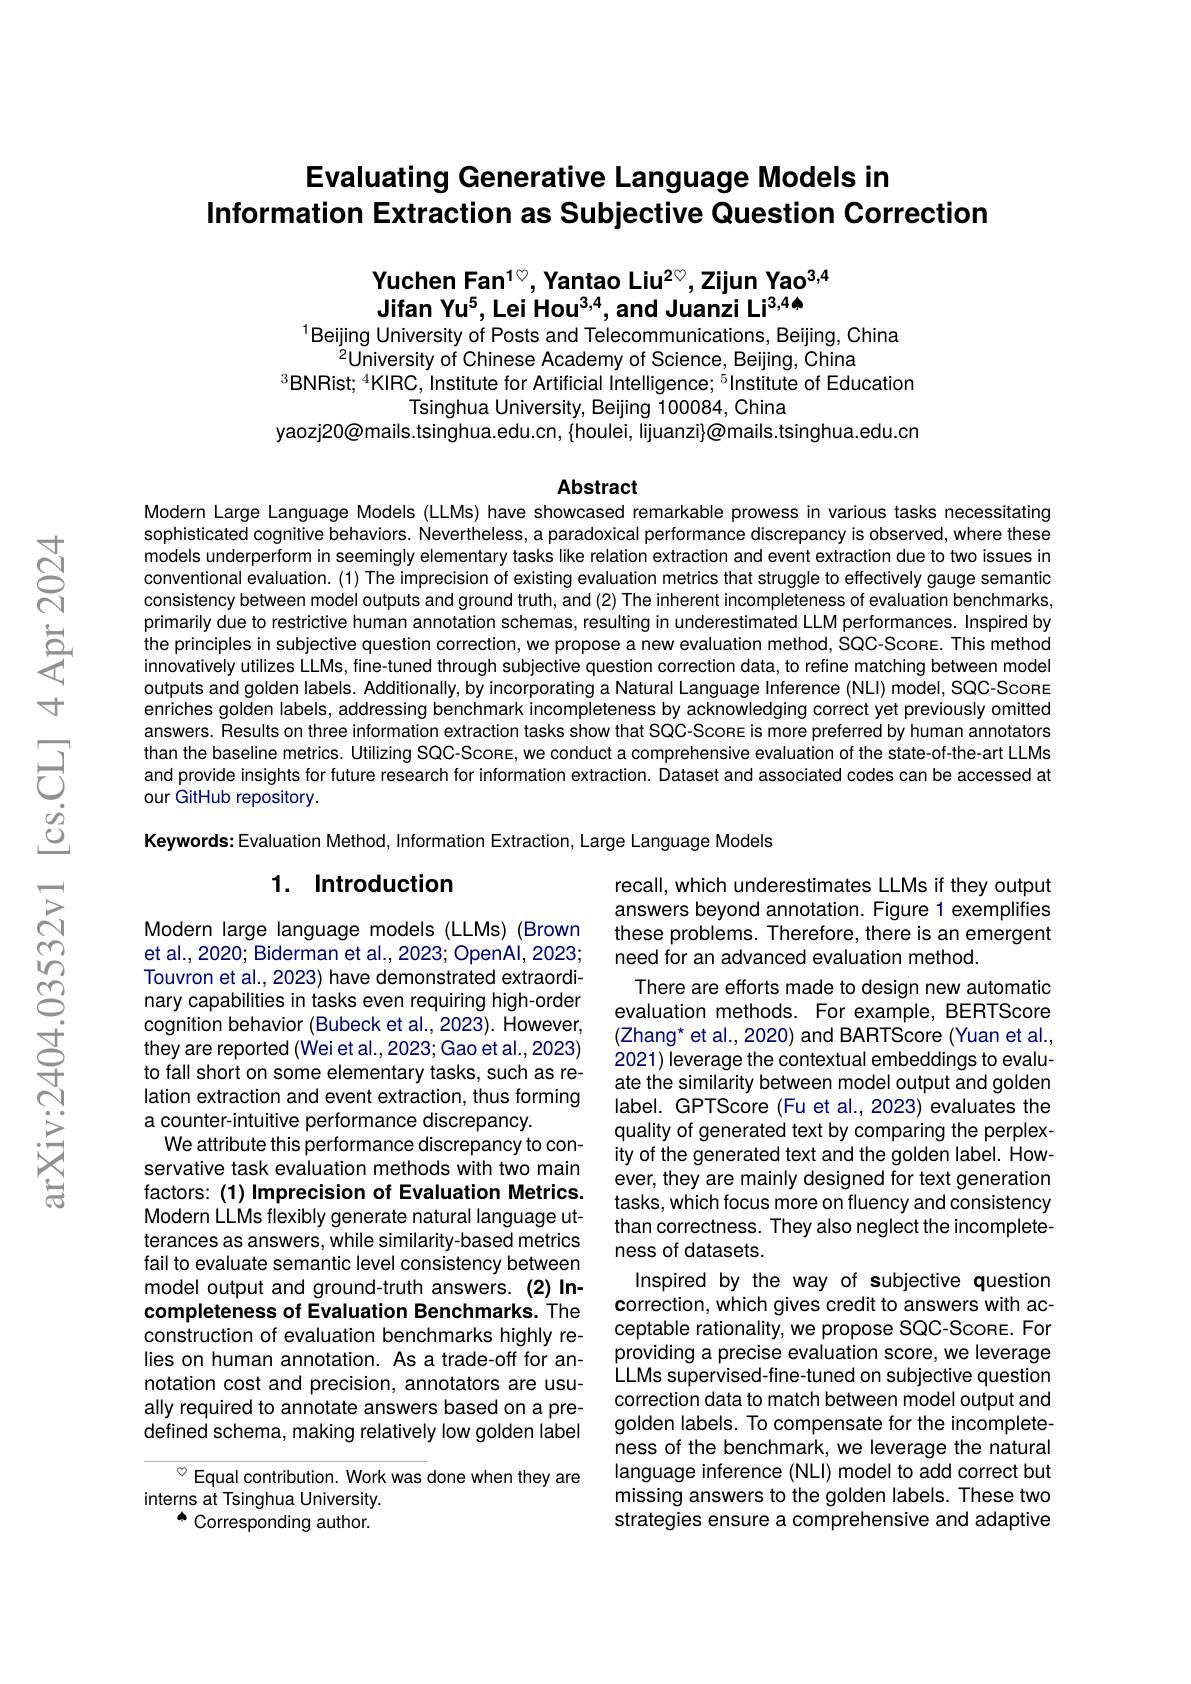
# Evaluating Generative Language Models in Information Extraction as Subjective Question Correction

Yuchen Fan$^{1\heartsuit}$,Yantao Liu$^{2\heartsuit}$,Zijun Yao$^{3,4}$
Jifan Yu$^5,\text{Lei Hou}^{3,4}$,and Juanzi Li$^{3,4\spadesuit}$
$^{1}$Beijing University of Posts and Telecommunications, Beijing, China

$^{2}$University of Chinese Academy of Science, Beijing, China
$^{3}$BNRist; $^4$KIRC, Institute for Artificial Intelligence; $^5$Institute of Education
Tsinghua University, Beijing 100084, China
yaozj20@mails.tsinghua.edu.cn, {houlei, lijuanzi}@mails.tsinghua.edu.cn

Abstract

Modern Large Language Models (LLMs) have showcased remarkable prowess in various tasks necessitating sophisticated cognitive behaviors. Nevertheless, a paradoxical performance discrepancy is observed, where these models underperform in seemingly elementary tasks like relation extraction and event extraction due to two issues in conventional evaluation. (1) The imprecision of existing evaluation metrics that struggle to effectively gauge semantic consistency between model outputs and ground truth, and (2) The inherent incompleteness of evaluation benchmarks, primarily due to restrictive human annotation schemas, resulting in underestimated LLM performances. Inspired by the principles in subjective question correction, we propose a new evaluation method, SQC-Scone. This method innovatively utilizes LLMs, fine-tuned through subjective question correction data, to refine matching between model outputs and golden labels. Additionally, by incorporating a Natural Language Inference (NLI) model, SQC-Scone enriches golden labels, addressing benchmark incompleteness by acknowledging correct yet previously omitted answers. Results on three information extraction tasks show that SQC-Scone is more preferred by human annotators than the baseline metrics. Utilizing SQC-Scone, we conduct a comprehensive evaluation of the state-of-the-art LLMs and provide insights for future research for information extraction. Dataset and associated codes can be accessed at our GitHub repository

Keywords: Evaluation Method, Information Extraction, Large Language Models

### 1. Introduction

Modern large language models (LLMs) (Brown et al., 2020; Biderman et al., 2023; OpenAl, 2023; Touvron et al., 2023) have demonstrated extraordinary capabilities in tasks even requiring high-order cognition behavior (Bubeck et al., 2023). However, they are reported (Wei et al., 2023; Gao et al., 2023) to fall short on some elementary tasks, such as relation extraction and event extraction, thus forming a counter-intuitive performance discrepancy.
We attribute this performance discrepancy to conservative task evaluation methods with two main factors: (1) Imprecision of Evaluation Metrics. Modern LLMs flexibly generate natural language utterances as answers, while similarity-based metrics fail to evaluate semantic level consistency between model output and ground-truth answers.(2) Incompleteness of Evaluation Benchmarks. The construction of evaluation benchmarks highly relies on human annotation. As a trade-off for annotation cost and precision, annotators are usually required to annotate answers based on a predefined schema, making relatively low golden label

recall, which underestimates LLMs if they output answers beyond annotation. Figure 1 exemplifies these problems. Therefore, there is an emergent need for an advanced evaluation method.
There are efforts made to design new automatic evaluation methods. For example, BERTScore (Zhang* et al., 2020) and BARTScore (Yuan et al., 2021) leverage the contextual embeddings to evaluate the similarity between model output and golden label. GPTScore (Fu et al., 2023) evaluates the quality of generated text by comparing the perplexity of the generated text and the golden label. However, they are mainly designed for text generation tasks, which focus more on fluency and consistency than correctness. They also neglect the incompleteness of datasets.
Inspired by the way of subjective question correction, which gives credit to answers with acceptable rationality, we propose SQC-Scone. For providing a precise evaluation score, we leverage LLMs supervised-fine-tuned on subjective question correction data to match between model output and golden labels. To compensate for the incompleteness of the benchmark, we leverage the natural language inference (NLI) model to add correct but missing answers to the golden labels. These two strategies ensure a comprehensive and adaptive

$^{\circ}$ Equal contribution. Work was done when they are
interns at Tsinghua University.
a Corresponding author.